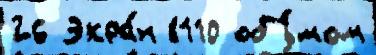
26 Экра́н 8110 объ́мом